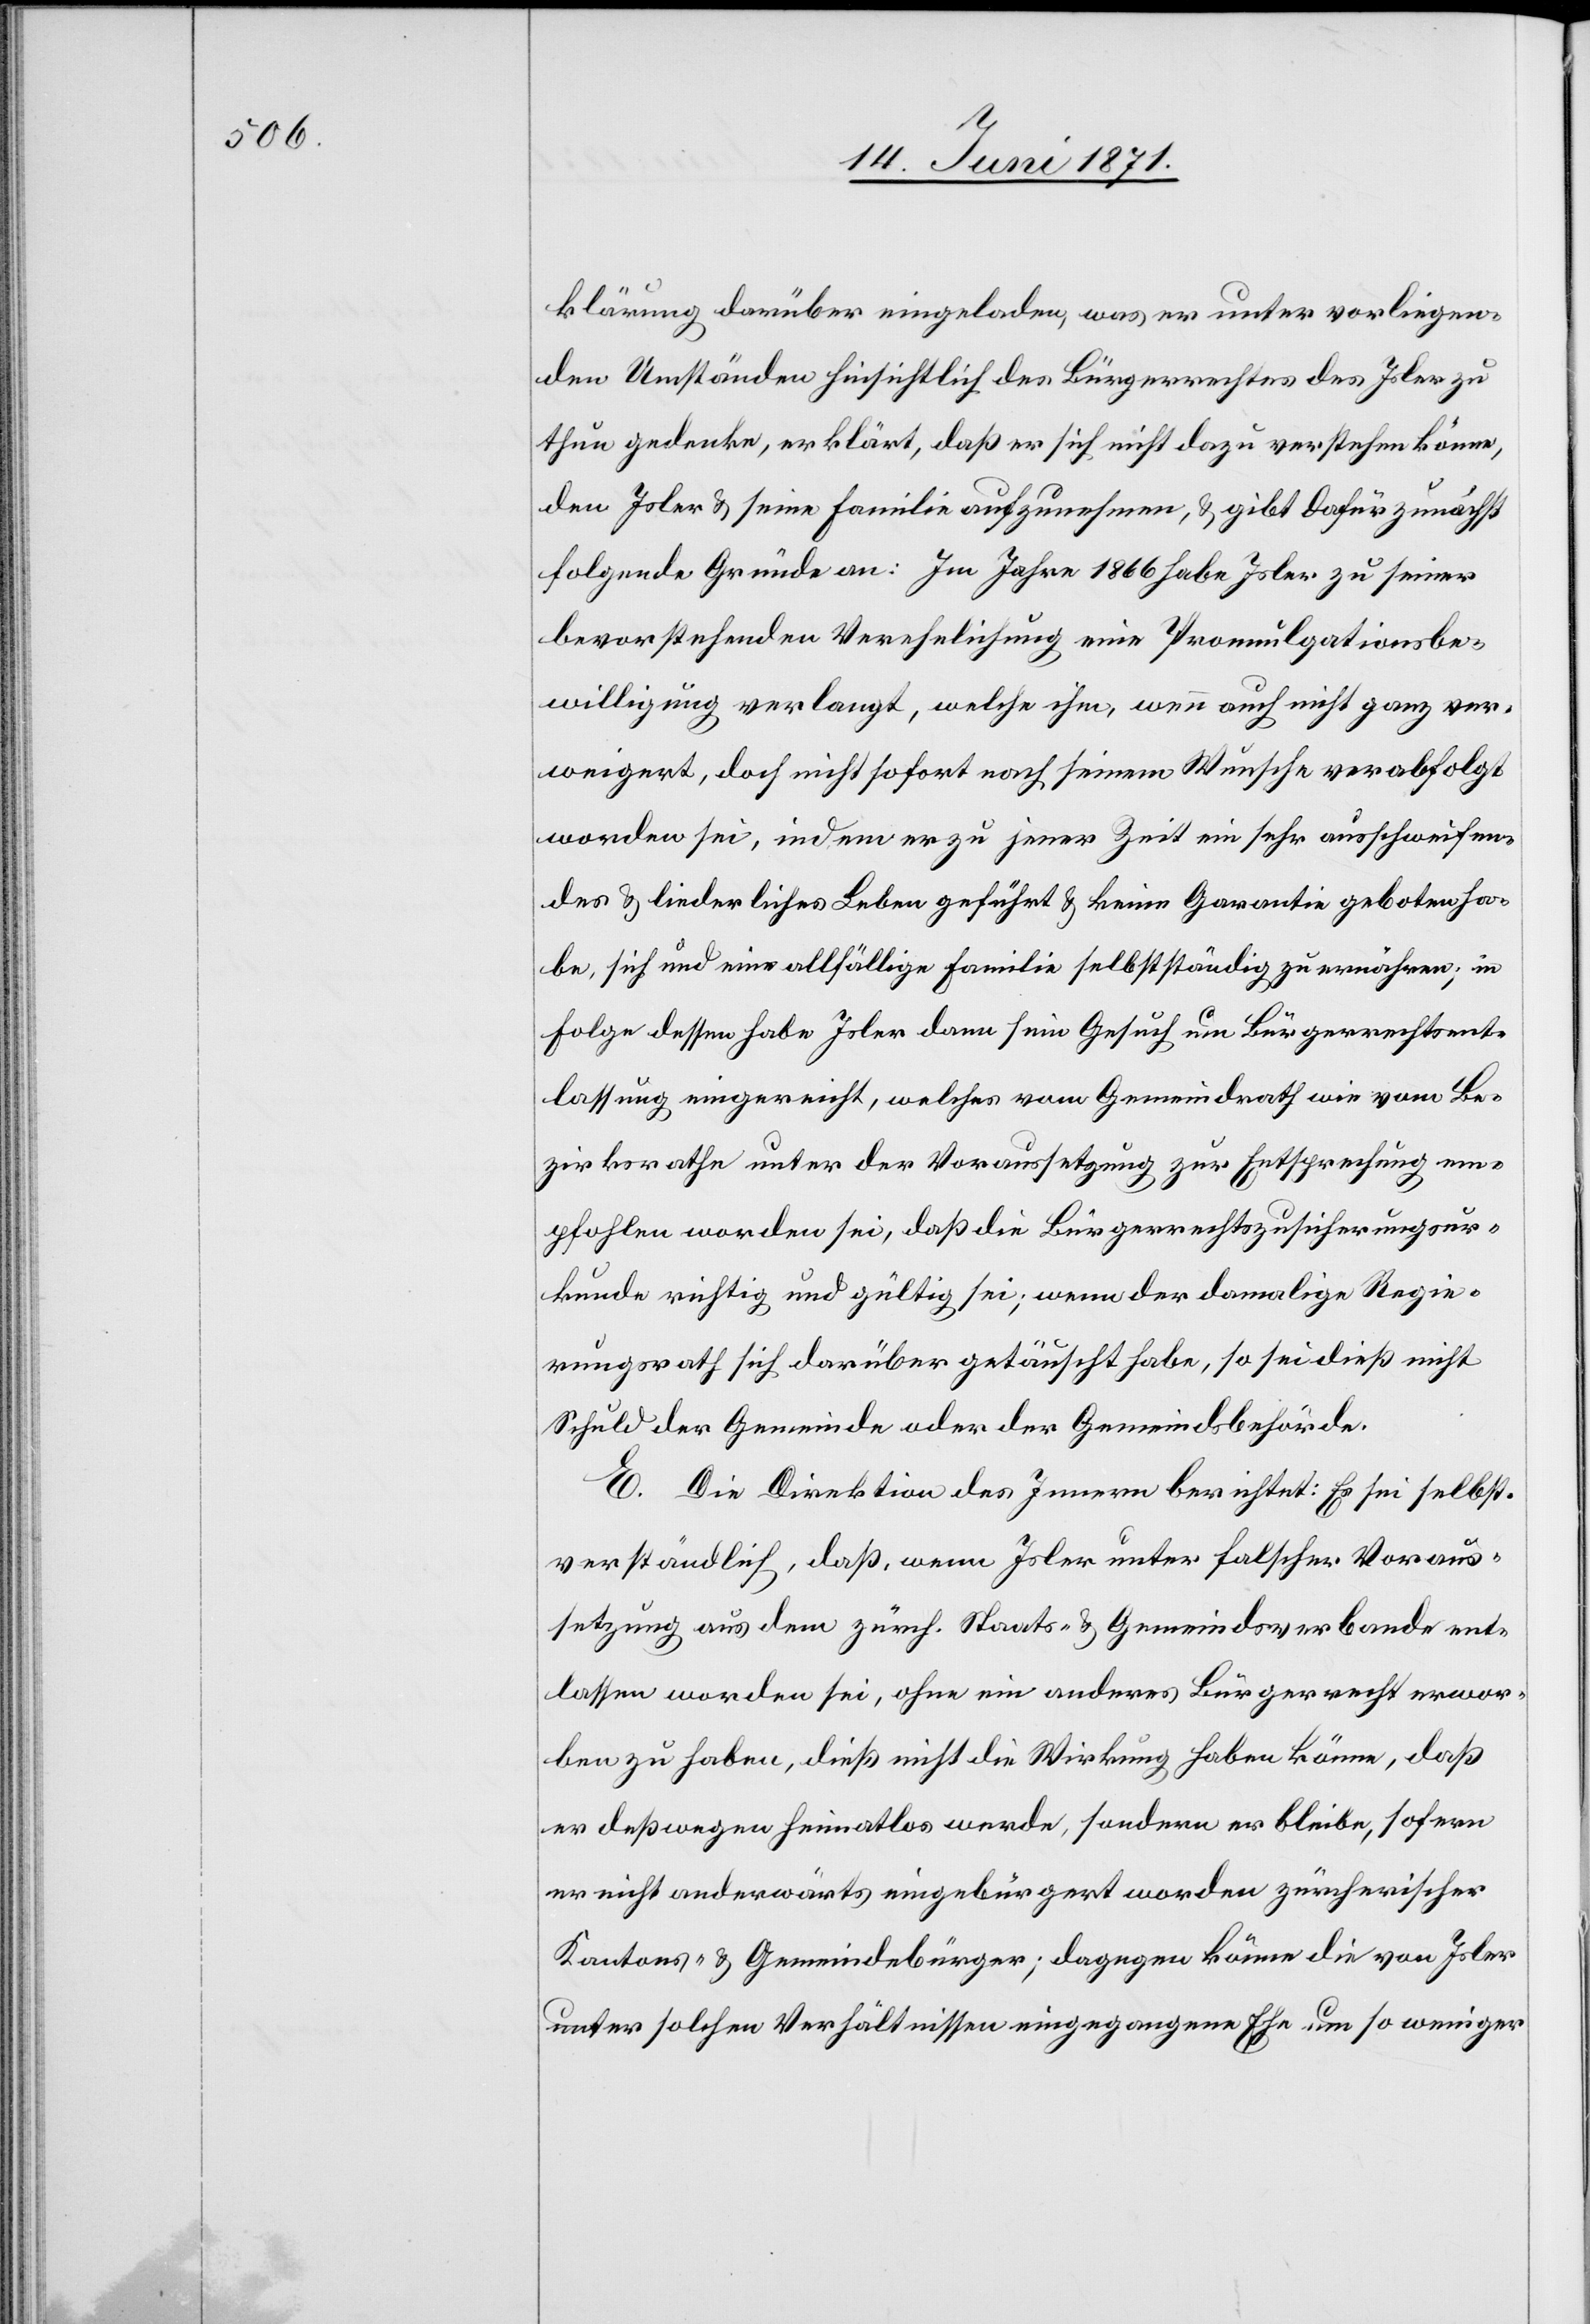
klärung darüber eingeladen, was er unter vorliegen¬
den Umständen hinsichtlich des Bürgerrechtes des Isler zu
thun gedenke, erklärt, daß er sich nicht dazu verstehen könne,
den Isler u. seine Familie aufzunehmen, u. gibt dafür zunächst
folgende Gründe an: Im Jahre 1866 habe Isler zu seiner
bevorstehenden Verehelichung eine Promulgationsbe¬
willigung verlangt, welche ihm, wenn auch nicht ganz ver¬
weigert, doch nicht sofort nach seinem Wunsche verabfolgt
worden sei, indem er zu jener Zeit ein sehr ausschweifen¬
des u. liederliches Leben geführt u. keine Garantie geboten ha¬
be, sich und eine allfällige Familie selbstständig zu ernähren; in
Folge dessen habe Isler dann sein Gesuch um Bürgerrechtsent¬
lassung eingereicht, welches vom Gemeindrath wie vom Be¬
zirksrathe unter der Voraussetzung zur Entsprechung em¬
pfohlen worden sei, daß die Bürgerrechtszusicherungsur¬
kunde richtig und gültig sei; wenn der damalige Regie¬
rungsrath sich darüber getäuscht habe, so sei dieß nicht
Schuld der Gemeinde oder der Gemeindsbehörde.
E. Die Direktion des Innern berichtet: Es sei selbst¬
verständlich, daß, wenn Isler unter falscher Voraus¬
setzung aus dem zürch. Staats- u. Gemeindsverbande ent¬
lassen worden sei, ohne ein anderes Bürgerrecht erwor¬
ben zu haben, dieß nicht die Wirkung haben könne, daß
er deßwegen heimatlos werde, sondern er bleibe, sofern
er nicht anderwärts eingebürgert worden zürcherischer
Kantons- u. Gemeindebürger; dagegen könne die von Isler
unter solchen Verhältnissen eingegangene Ehe um so weniger